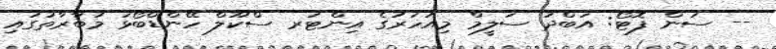
-- ސަން ފޮޓޯ: އަބްދު ސަލީމް މިއަހަރުގެ އިންޓަރ ސްކޫލް ހޭންޑްބޯޅަ މުބާރާތުގައި